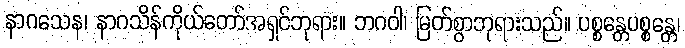
နာဂသေန၊ နာဂသိန်ကိုယ်တော်အရှင်ဘုရား။ ဘဂဝါ၊ မြတ်စွာဘုရားသည်။ ပစ္စန္တေပစ္စန္တေ၊